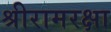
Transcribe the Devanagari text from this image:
श्रीरामरक्षा